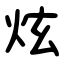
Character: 炫